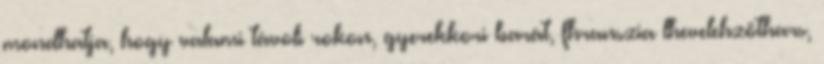
mondhatja, hogy valami távoli rokon, gyerekkori barát, fhranszia lhevelehzöthars,